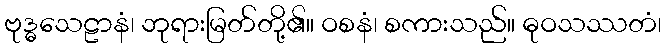
ဗုဒ္ဓသေဠာနံ၊ ဘုရားမြတ်တို့၏။ ဝစနံ၊ စကားသည်။ ဓုဝသဿတံ၊